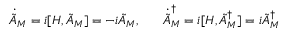
\dot { \tilde { A } } _ { M } = i [ H , \tilde { A } _ { M } ] = - i \tilde { A } _ { M } , \; \; \; \; \; \; \dot { \tilde { A } } _ { M } ^ { \dagger } = i [ H , \tilde { A } _ { M } ^ { \dagger } ] = i \tilde { A } _ { M } ^ { \dagger }